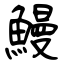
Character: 鰻